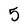
Character: 5